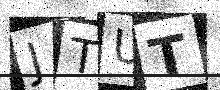
Text: JTUT